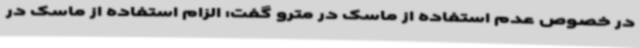
در خصوص عدم استفاده از ماسک در مترو گفت: الزام استفاده از ماسک در